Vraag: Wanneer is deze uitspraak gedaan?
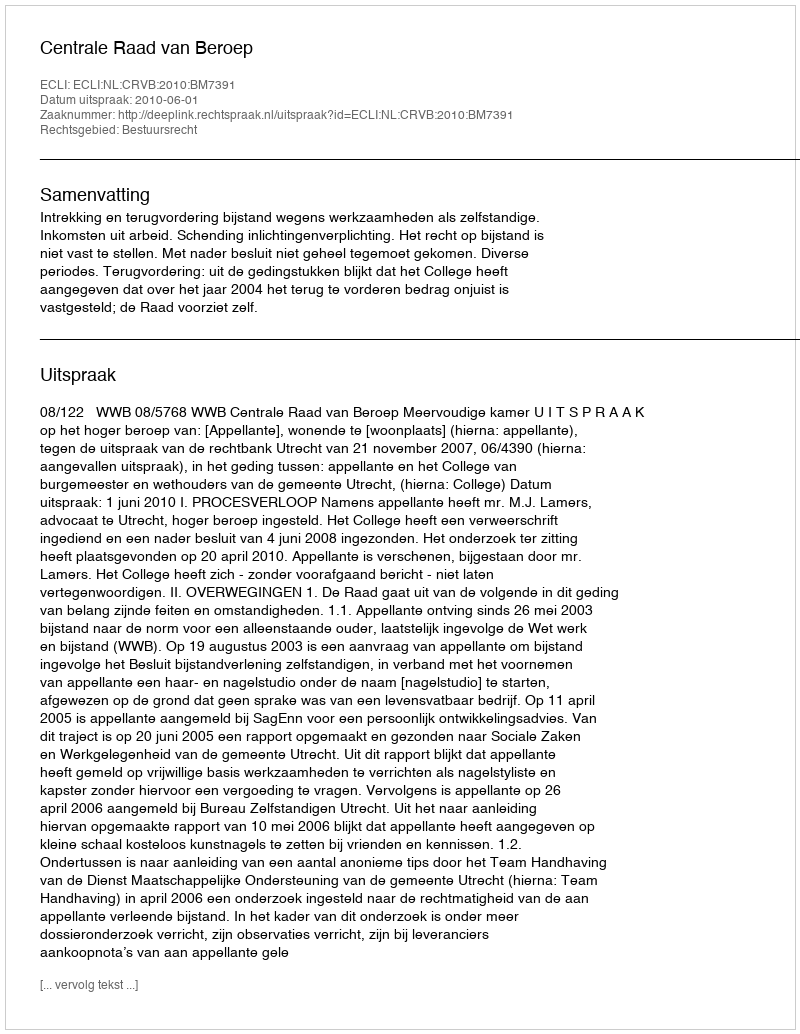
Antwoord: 2010-06-01